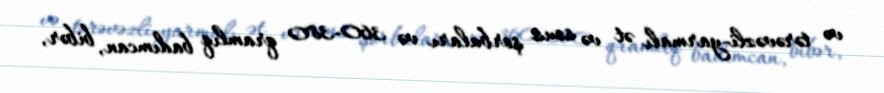
və tərəvəzli-yarmalı ət və sous şorbaları və 360-380 qramlıq badımcan, bibər,